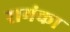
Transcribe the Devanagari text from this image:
रामंका